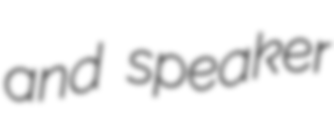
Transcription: and speaker